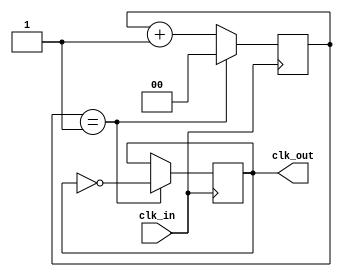
module frequency_synthesizer (
    input wire clk_in,
    output wire clk_out
);

parameter DIVIDER = 2; // specify the divider factor

reg [DIVIDER-1:0] counter;

always @(posedge clk_in) begin
    if (counter == DIVIDER - 1) begin
        counter <= 0;
        clk_out <= ~clk_out;
    end else begin
        counter <= counter + 1;
    end
end

endmodule